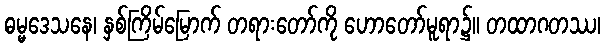
ဓမ္မဒေသနေ၊ နှစ်ကြိမ်မြောက် တရားတော်ကို ဟောတော်မူရာ၌။ တထာဂတဿ၊